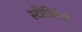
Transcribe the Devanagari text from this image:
स्टीविनेज